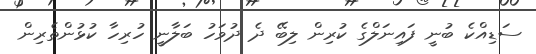
ސަޑިއްކެ ބުނީ ފައިނަލްގެ ކުރިން ލިބޭ ދެ ދުވަހު ބަލާނީ ހުރިހާ ކުޅުންތެރިން